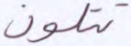
تتلون